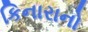
કિનારાનો